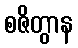
စဇိတွာန